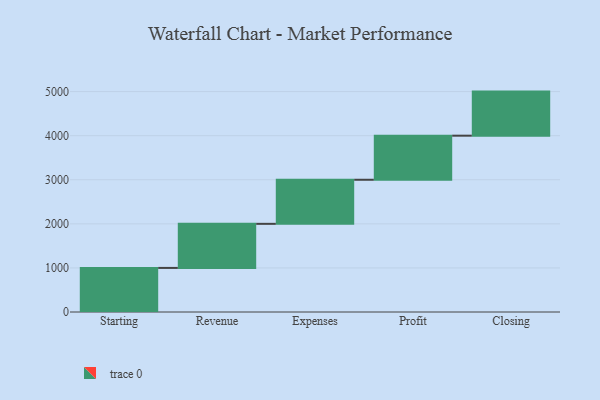
{"axis": {"x": "Step", "y": "Value"}, "legend": [""], "data": [{"x": "Starting", "y": 1000, "type": ""}, {"x": "Revenue", "y": 1000, "type": ""}, {"x": "Expenses", "y": 1000, "type": ""}, {"x": "Profit", "y": 1000, "type": ""}, {"x": "Closing", "y": 1000, "type": ""}]}